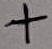
Text: +